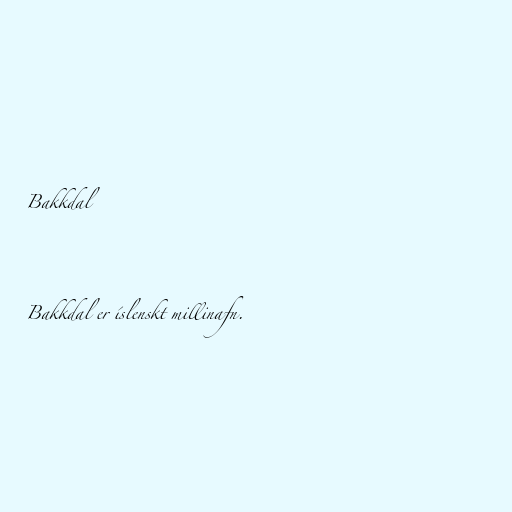
Bakkdal

Bakkdal er íslenskt millinafn.